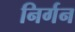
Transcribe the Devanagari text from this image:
निर्गन